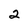
Character: 2